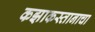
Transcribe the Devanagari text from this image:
कझाकस्तानाचा